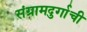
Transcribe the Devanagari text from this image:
संग्रामदुर्गाची